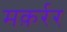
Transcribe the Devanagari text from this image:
मक़र्रर